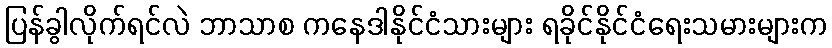
ပြန်ခွါလိုက်ရင်လဲ ဘာသာစ ကနေဒါနိုင်ငံသားများ ရခိုင်နိုင်ငံရေးသမားများက